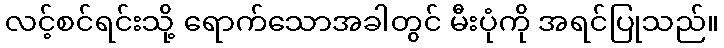
လင့်စင်ရင်းသို့ ရောက်သောအခါတွင် မီးပုံကို အရင်ပြုသည်။